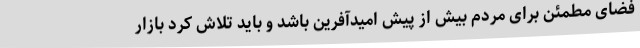
فضای مطمئن برای مردم بیش از پیش امیدآفرین باشد و باید تلاش کرد بازار